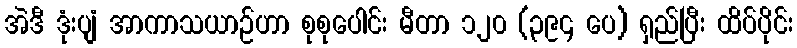
အဲဒီ ဒုံးပျံ အာကာသယာဉ်ဟာ စုစုပေါင်း မီတာ ၁၂၀ (၃၉၄ ပေ) ရှည်ပြီး ထိပ်ပိုင်း